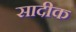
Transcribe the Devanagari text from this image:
सादीक